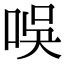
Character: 𠱐